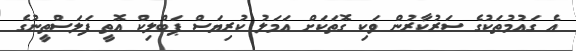
އެ ގައުމުތަކުގެ ސަރުކާރުން ވަކި ގޮތަކަށް އަމަލު ކުރިޔަސް ޕަބްލިކް އޮތީ ފަލަސްތީނުގެ